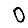
Digit: 0